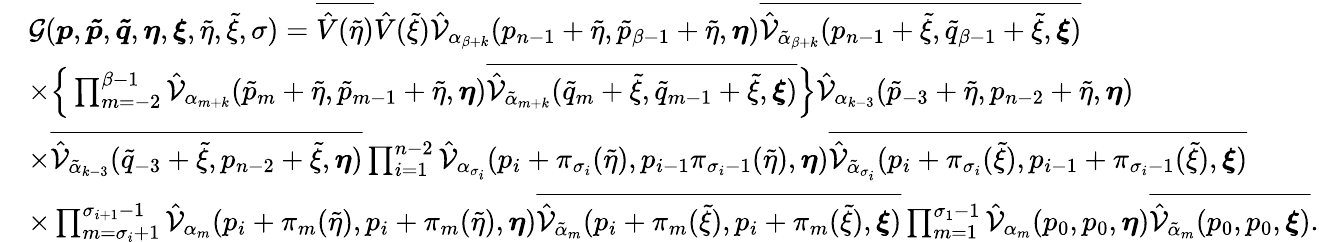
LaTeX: \begin{array}{rl}&{\mathcal{G}(\boldsymbol{p},\boldsymbol{\tilde{p}},\boldsymbol{\tilde{q}},\boldsymbol{\eta},\boldsymbol{\xi},\tilde{\eta},\tilde{\xi},\sigma)=\overline{{\hat{V}(\tilde{\eta})}}\hat{V}(\tilde{\xi})\hat{\mathcal{V}}_{\alpha_{\beta+k}}(p_{n-1}+\tilde{\eta},\tilde{p}_{\beta-1}+\tilde{\eta},\boldsymbol{\eta})\overline{{\hat{\mathcal{V}}_{\tilde{\alpha}_{\beta+k}}(p_{n-1}+\tilde{\xi},\tilde{q}_{\beta-1}+\tilde{\xi},\boldsymbol{\xi})}}}\\ &{\times\Big\{ \prod_{m=-2}^{\beta-1}\hat{\mathcal{V}}_{\alpha_{m+k}}(\tilde{p}_{m}+\tilde{\eta},\tilde{p}_{m-1}+\tilde{\eta},\boldsymbol{\eta})\overline{{\hat{\mathcal{V}}_{\tilde{\alpha}_{m+k}}(\tilde{q}_{m}+\tilde{\xi},\tilde{q}_{m-1}+\tilde{\xi},\boldsymbol{\xi})}}\Big\} \hat{\mathcal{V}}_{\alpha_{k-3}}(\tilde{p}_{-3}+\tilde{\eta},p_{n-2}+\tilde{\eta},\boldsymbol{\eta})}\\ &{\times\overline{{\hat{\mathcal{V}}_{\tilde{\alpha}_{k-3}}(\tilde{q}_{-3}+\tilde{\xi},p_{n-2}+\tilde{\xi},\boldsymbol{\eta})}}\prod_{i=1}^{n-2}\hat{\mathcal{V}}_{\alpha_{\sigma_{i}}}(p_{i}+\pi_{\sigma_{i}}(\tilde{\eta}),p_{i-1}\pi_{\sigma_{i}-1}(\tilde{\eta}),\boldsymbol{\eta})\overline{{\hat{\mathcal{V}}_{\tilde{\alpha}_{\sigma_{i}}}(p_{i}+\pi_{\sigma_{i}}(\tilde{\xi}),p_{i-1}+\pi_{\sigma_{i}-1}(\tilde{\xi}),\boldsymbol{\xi})}}}\\ &{\times\prod_{m=\sigma_{i}+1}^{\sigma_{i+1}-1}\hat{\mathcal{V}}_{\alpha_{m}}(p_{i}+\pi_{m}(\tilde{\eta}),p_{i}+\pi_{m}(\tilde{\eta}),\boldsymbol{\eta})\overline{{\hat{\mathcal{V}}_{\tilde{\alpha}_{m}}(p_{i}+\pi_{m}(\tilde{\xi}),p_{i}+\pi_{m}(\tilde{\xi}),\boldsymbol{\xi})}}\prod_{m=1}^{\sigma_{1}-1}\hat{\mathcal{V}}_{\alpha_{m}}(p_{0},p_{0},\boldsymbol{\eta})\overline{{\hat{\mathcal{V}}_{\tilde{\alpha}_{m}}(p_{0},p_{0},\boldsymbol{\xi})}}.}\end{array}